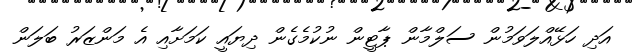
އަދި ހަޅޭއްލަވަމުން ސަލްމާން ޕާޓީން ނުކުމެގެން ދިޔައީ ކަމަށާއި އެ މަންޒަރު ބަލަން